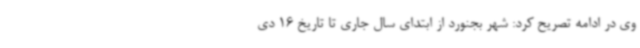
وی در ادامه تصریح کرد: شهر بجنورد از ابتدای سال جاری تا تاریخ 16 دی